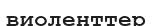
виоленттер